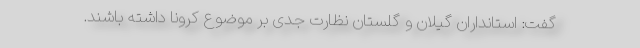
گفت: استانداران گیلان و گلستان نظارت جدی بر موضوع کرونا داشته باشند.